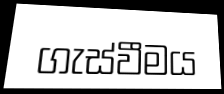
ගැස්වීමය